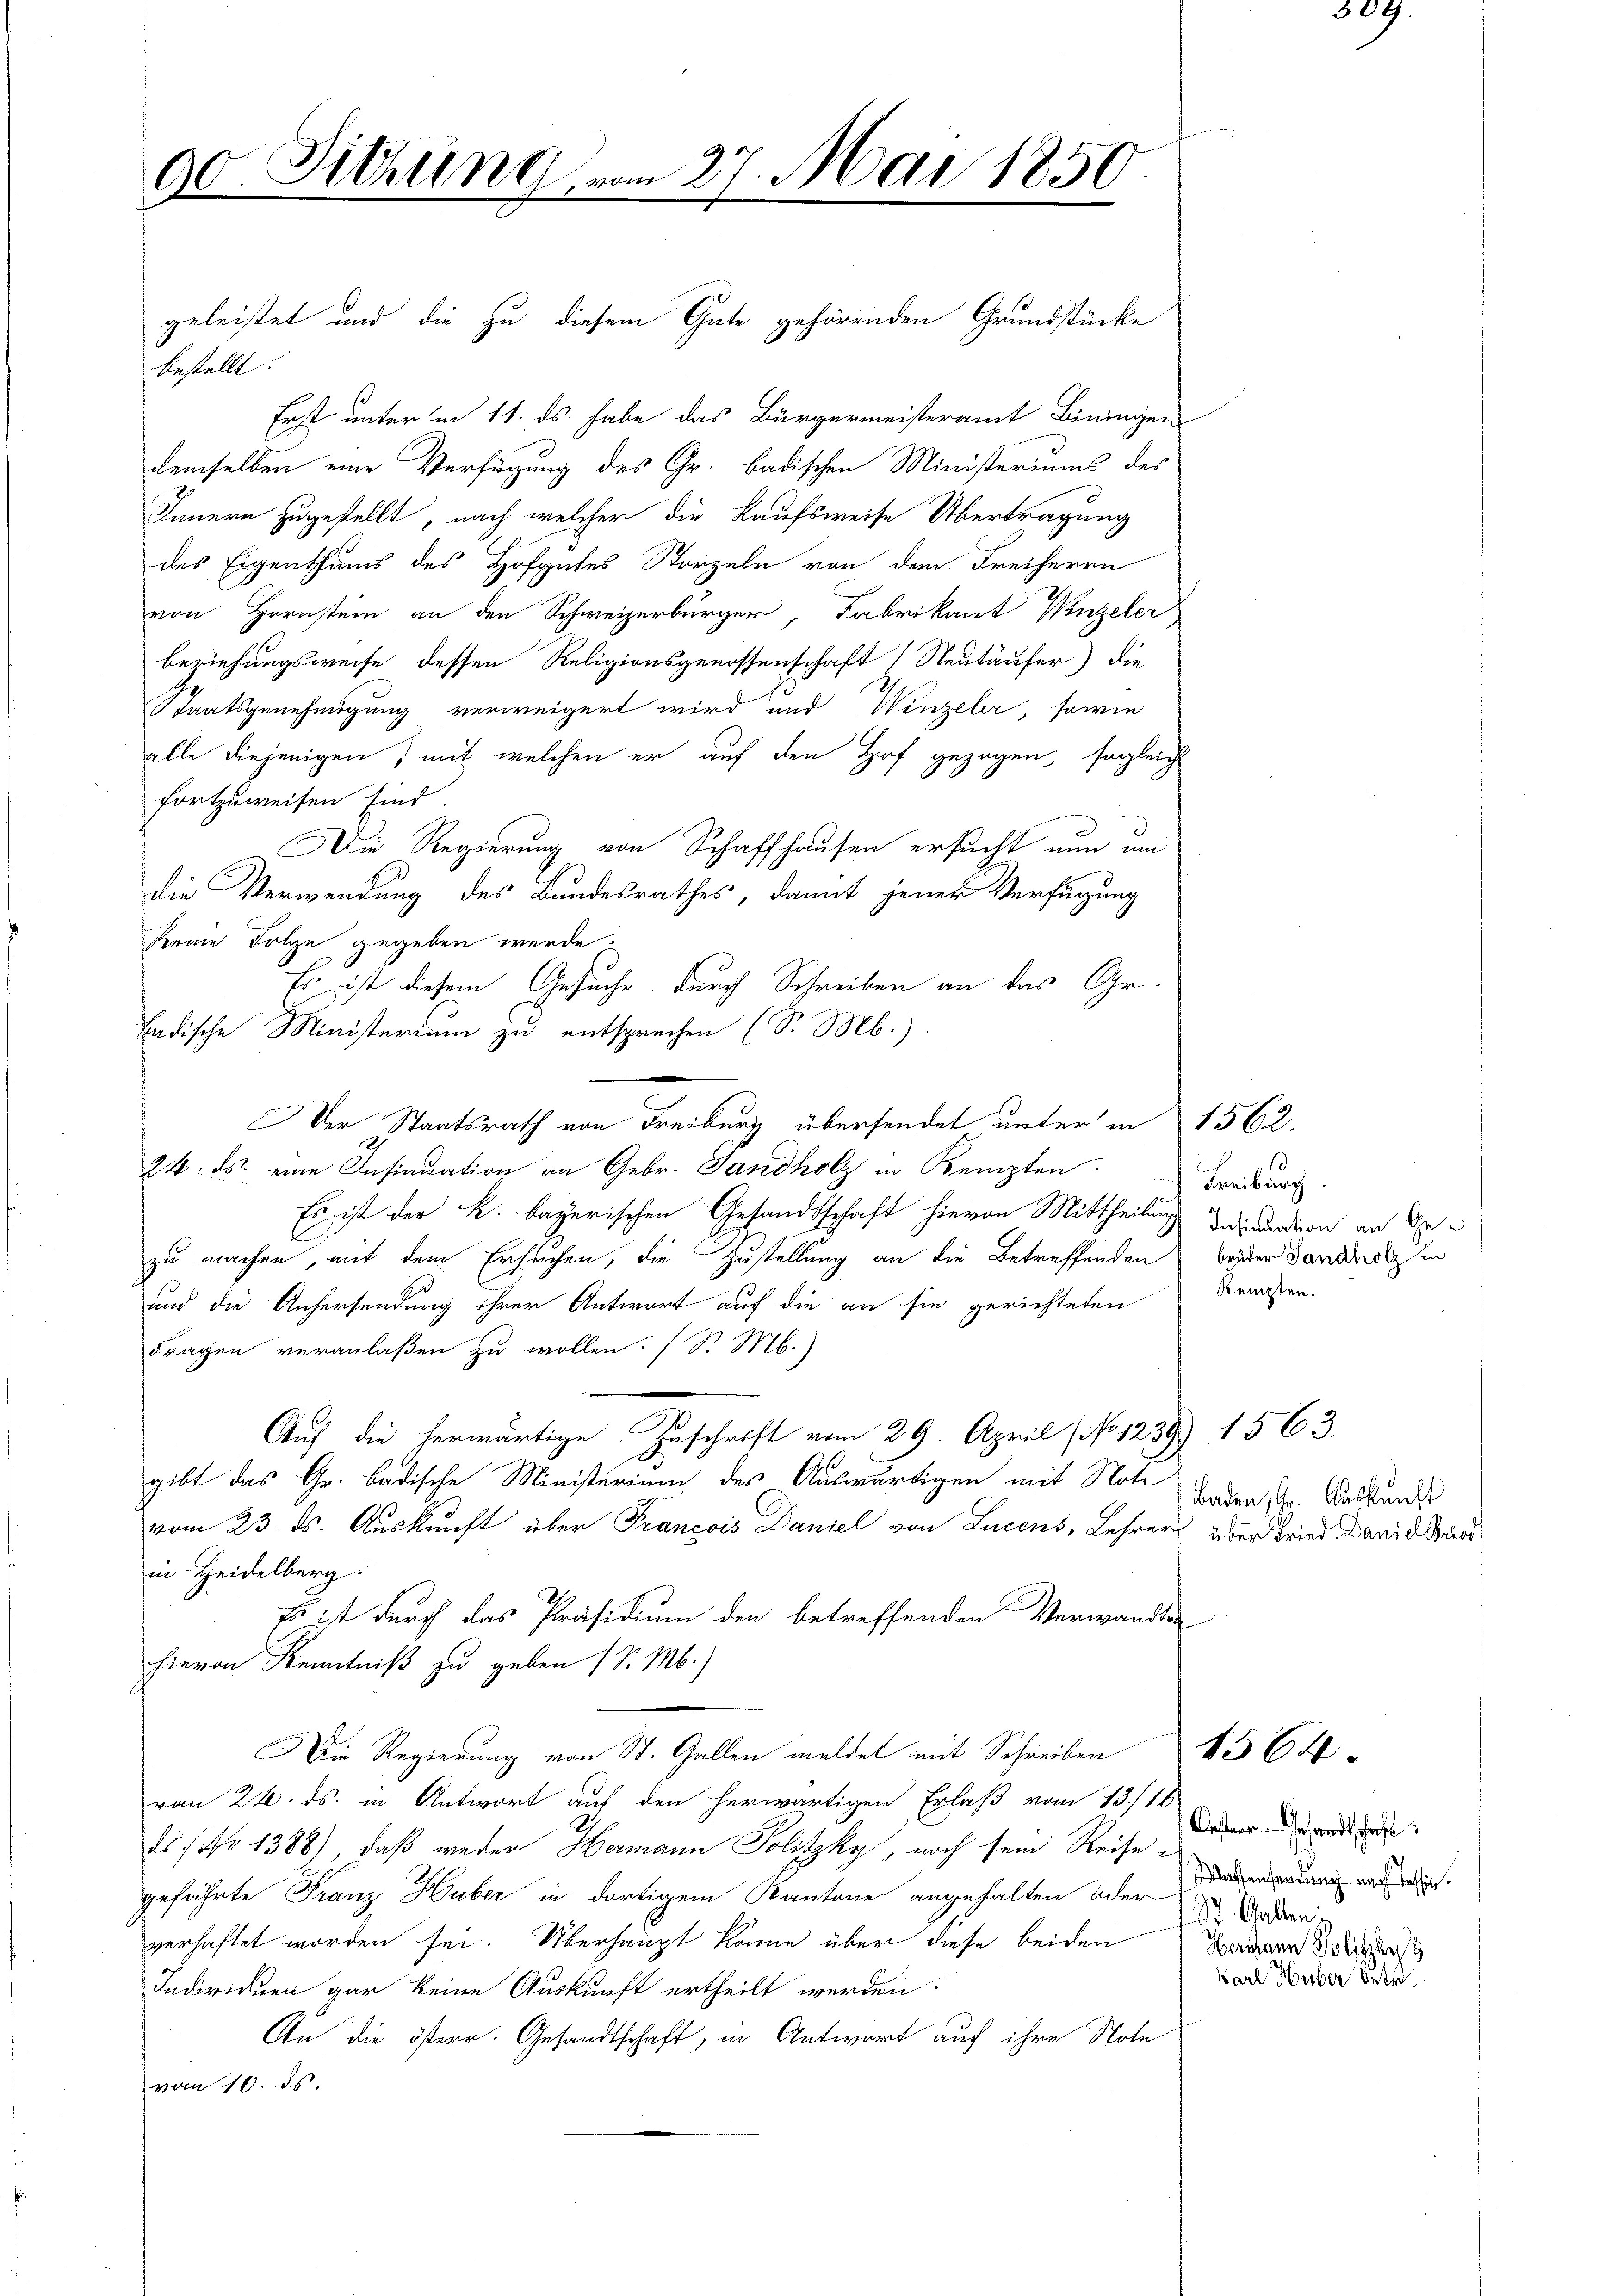
90. Sitzung, von

geleistet und die zu diesem Gute gehörenden Grundstücke
bestellt.
Erst unter in 11. ds. habe das Bürgermeisteramt Biningen
demselben eine Verfügung des Gr. badischen Ministeriums des
Innern zugestellt, nach welcher die Kaufsweise Übertragung
des Eigenthums des Hofgutes Storzeln von dem Freiherrn
von Hornstein an den Schweizerbürger, Fabrikant Winzeler
beziehungsweise dessen Religionsgenossenschaft (Neutäufer) die
Staatsgenehmigung verweigert wird und Winzeler, sowie
alle diejenigen, mit welchen er auf den Hof gezogen, sogleich
fortzuweisen sind.
Die Regierung von Schaffhausen ersucht nun um
die Verwendung des Bundesrathes, damit jener Verfügung
Keine Folge gegeben werde.
Es ist diesem Gesuche durch Schreiben an das Gr.
badische Ministerium zu entsprechen (S. Mb.)
Der Staatsrath von Freiburg übersendet unter in 1562.
24. ds. eine Insinuation an Gebr. Sandholz in Kempten
Es ist der k. bayerischen Gesandtschaft hievon Mittheilung sei undion an de
t
zu machen, mit dem Ersuchen, die Zustellung an die Betreffenden
und die Anhersendung ihrer Antwort auf die an sie gerichteten
Fragen veranlaßen zu wollen. (S. M.)
Auf die herwärtige Zuschrift vom 29. April No 1239) 1563.
gibt das Gr. badische Ministerium des Auswärtigen mit Natu
vom 23. ds. Auskunft über Francois Daniel von Lucens, Lehrer
in Heidelberg:
Es ist durch das Präsidium den betreffenden Verwandten
hievon Kenntniß zu geben (S. M.)
Die Regierung von St. Gallen meldet mit Schreiben
von 24. ds. in Antwort auf den herwärtigen Erlaß vom 13./10
25. No 1388), daß weder Hermann Politzky, noch sein Reise-
geführte Franz, Huber in dortigem Kantone angehalten oder
verhaftet worden sei. Überhaupt käme über diese beiden
Individuen gar keine Auskunft ertheilt werden.
An die österr. Gesandtschaft, in Antwort auf ihre Note
vom 10. ds.

n 27. Mai 1850

Freiburg
brüder Jandholz in
Kempten.

Baden, Gr. Auskunft
über Fried. Daniel Arrodi

Oesterr. Gesandtschrift
Wassensendung nach Tessin.
 St. Gallen
Herohann Polize
Karl Huber betr.

1564.

304